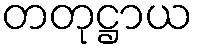
တတုဋ္ဌာယ